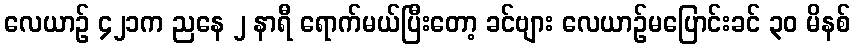
လေယာဉ် ၄၂၁က ညနေ ၂ နာရီ ရောက်မယ်ပြီးတော့ ခင်ဗျား လေယာဉ်မပြောင်းခင် ၃၀ မိနစ်